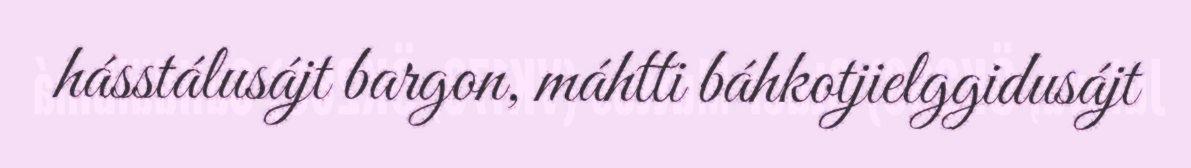
hásstálusájt bargon, máhtti báhkotjielggidusájt